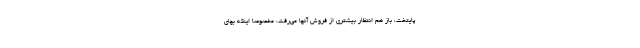
پایتخت، باز هم انتظار بیشتری از فروش آنها می‌رفت، مخصوصا اینکه بهای